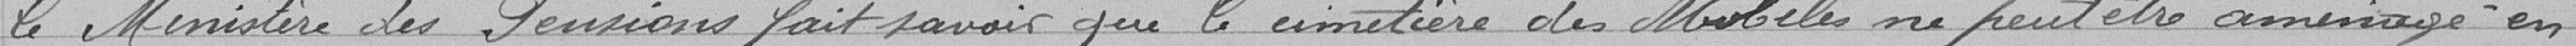
le Ministère des Pensions fait savoir que le cimetière des Mobiles ne peut être aménagé en